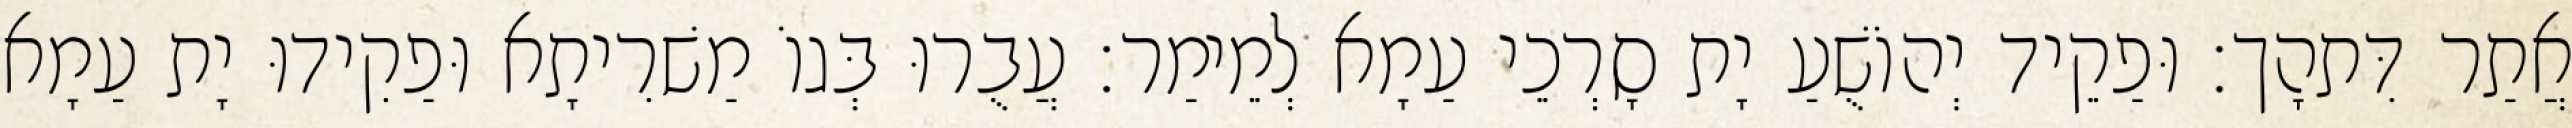
אֲתַר דִּתהָך׃ וּפַקֵיד יְהוֹשֻׁעַ יָת סָרְכֵי עַמָא לְמֵימַר׃ עֲבֻרוּ בְּגוֹ מַשׁרִיתָא וּפַקִידוּ יָת עַמָא